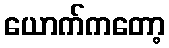
ယောက်ကတော့